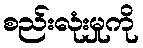
စည်းလုံးမှုကို